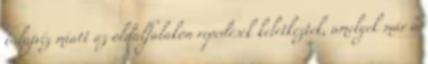
talajvíz miatt az oldalfalakon repedések keletkeztek, amelyek már a